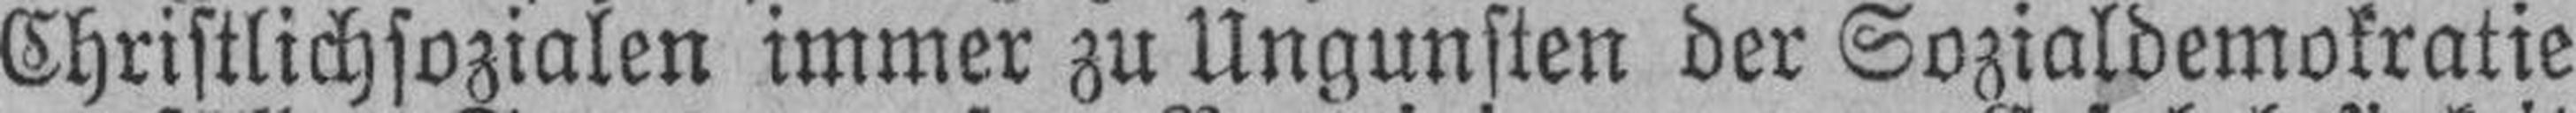
Christlichsozialen immer zu Ungunsten der Sozialdemokratie